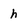
Character: h